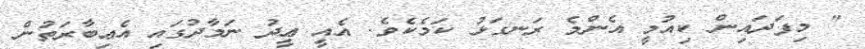
" މިފަދައިން ކިއުމީ އެންމެ ރަނގަޅު ކަމެކެވެ. އެއީ ޢީދު ނަމާދުގައި އެޢިބާރަތުން